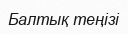
Балтық теңізі